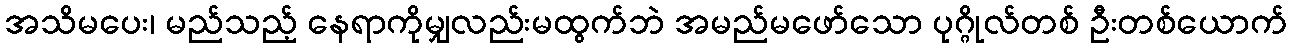
အသိမပေး၊ မည်သည့် နေရာကိုမျှလည်းမထွက်ဘဲ အမည်မဖော်သော ပုဂ္ဂိုလ်တစ် ဦးတစ်ယောက်